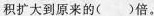
积扩大到原来的( )倍。